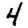
Digit: 4